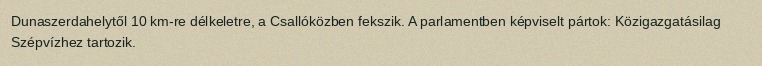
Dunaszerdahelytől 10 km-re délkeletre, a Csallóközben fekszik. A parlamentben képviselt pártok: Közigazgatásilag Szépvízhez tartozik.